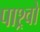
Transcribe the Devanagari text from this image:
पाश्र्वो